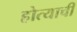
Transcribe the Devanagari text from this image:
होत्याची